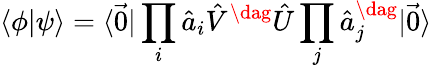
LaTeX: \langle\phi|\psi\rangle=\langle\vec{0}|\prod_{i}\hat{a}_{i}\hat{V}^{\dag}\hat{U}\prod_{j}\hat{a}_{j}^{\dag}|\vec{0}\rangle